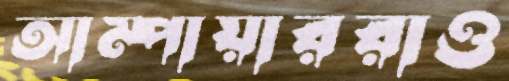
আম্পায়াররাও